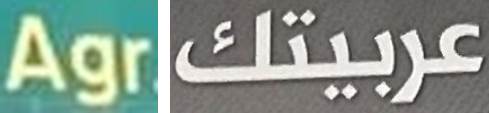
Agr عربيتك